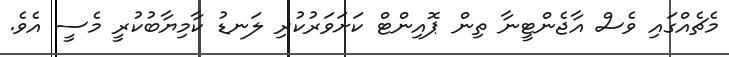
މެޗެއްގައި ވެސް އާޖެންޓީނާ ތިން ޕޮއިންޓް ކަށަވަރުކުރި ލަނޑު ކާމިޔާބުކުރީ މެސީ އެވެ.